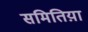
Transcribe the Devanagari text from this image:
समितिय़ा